Annual report on the working of the lock hospitals in the North-Western Provinces and Oudh
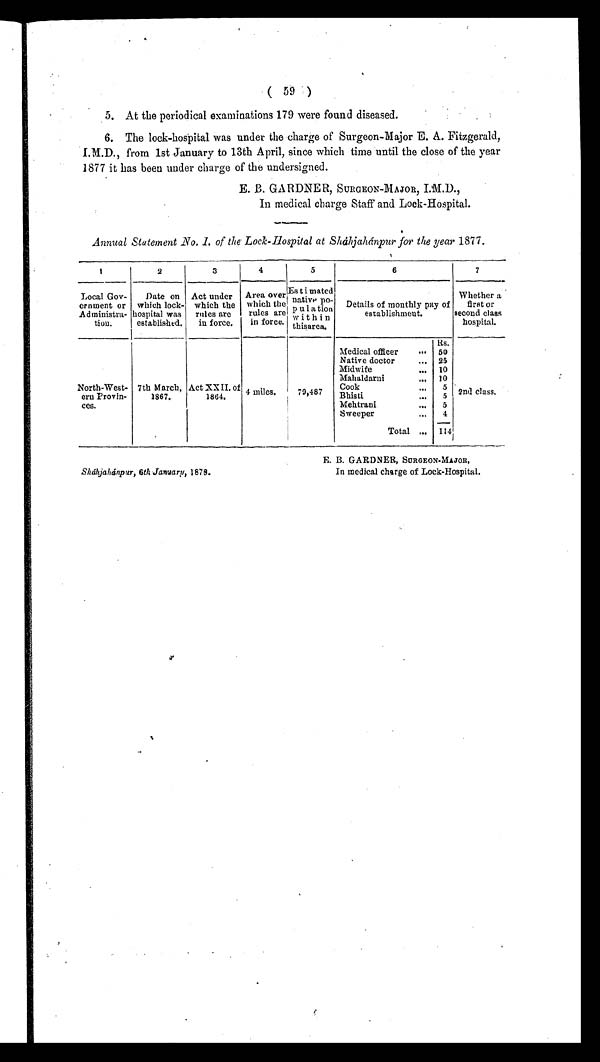
Sháhjahánpur, 6th January, 1878.
E. B. GARDNER, SURGEON-MAJOR,
In medical charge of Lock-Hospital.
( 59 )
5. At the periodical examinations 179 were found diseased.
6. The lock-hospital was under the charge of Surgeon-Major E. A. Fitzgerald,
I.M.D., from 1st January to 13th April, since which time until the close of the year
1877 it has been under charge of the undersigned.
E. B. GARDNER, SURGEON-MAJOR,
In medical charge Staff and Lock-Hospital.
Annual Statement No. 1. of the Lock-Hospital at Sháhjanánpur for the year 1877.
1
2
3
4
5
6
7
Local Gov-
ernment or
Administra-
tion.
Date on
which lock-
hospital was
established.
Act under
which the
rules are
in force.
Area over
which the
rules are
in force.
Estimated
native po-
pulation
w
ithin thisarea.
Details of monthly pay of
establishment.
Whether a
first or
second class
hospital.
Rs.
2nd class.
Medical officer ... 50
Native doctor
... 25
Midwife
... 10
Mahaldarni
... 10
North-West-
ern Provin-ces.
7th March,
1867.
Act XXII. o
f 1864. 4 miles. 79,487
Cook
...
Bhisti
... 5
Mehtrani
... 5
Sweeper
... 4
Total ... 114